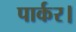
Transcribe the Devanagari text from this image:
पार्कर।